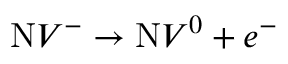
\mathrm { N } V ^ { - } \rightarrow \mathrm { N } V ^ { 0 } + e ^ { - }